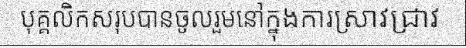
បុគ្គលិកសរុបបានចូលរួមនៅក្នុងការស្រាវជ្រាវ